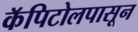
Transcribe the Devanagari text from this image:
कॅपिटोलपासून